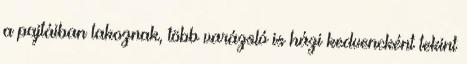
a pajtáiban lakoznak, több varázsló is házi kedvencként tekint